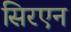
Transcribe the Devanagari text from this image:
सिरएन